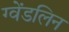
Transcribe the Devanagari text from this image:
ग्वेंडलिन